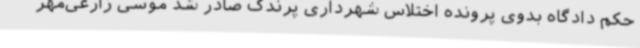
حکم دادگاه بدوی پرونده اختلاس شهرداری پرندک صادر شد موسی زارعی‌مهر